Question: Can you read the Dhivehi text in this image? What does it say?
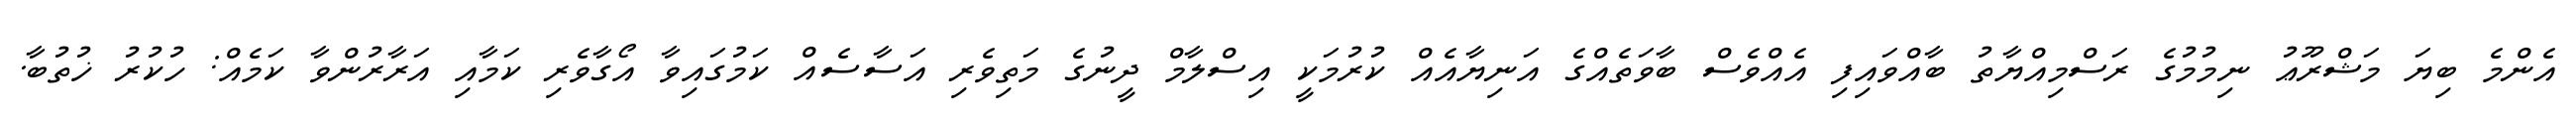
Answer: އެންމެ ބިޔަ މަޝްރޫޢު ނިމުމުގެ ރަސްމިއްޔާތު ބާއްވައިފި އެއްވެސް ބާވަތެއްގެ އަނިޔާއެއް ކުރުމަކީ އިސްލާމް ދީނުގެ މަތިވެރި އަސާސެއް ކަމުގައިވާ އޯގާވެރި ކަމާއި އަރާރުންވާ ކަމެއް: ހުކުރު ޚުތުބާ.